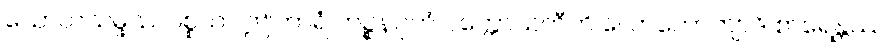
သောတသမ္ဖဿပစ္စယာ ဤကာရံ ကဉ္စနဂုဟံ ပက္ကောသတီတိ လောကောတျာဒိ စာရေန္တဿ